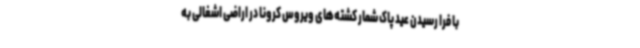
با فرا رسیدن عید پاک شمار کشته‌های ویروس کرونا در اراضی اشغالی به